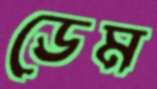
ডেম